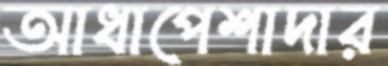
আধাপেশাদার